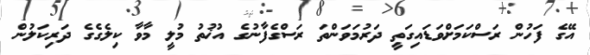
އޭގެ ފަހުން ރަސްކަމަށްވަޑައިގަތީ ދަރުމަވަންތަ ރަސްގެފާނުގެ އުޚުތު މުލީ މާވާ ކިލެގެގެ ދަރިކަލުން